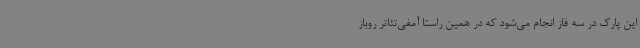
این پارک در سه فاز انجام می‌شود که در همین راستا آمفی‌تئاتر روباز